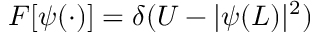
F \lbrack \psi ( \cdot ) \rbrack = \delta ( U - \vert \psi ( L ) \vert ^ { 2 } )